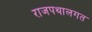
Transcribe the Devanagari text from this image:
राजपथालगत